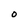
Character: o